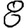
Digit: 8